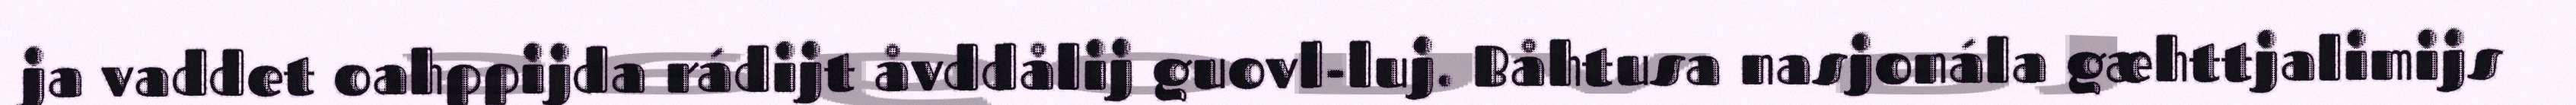
ja vaddet oahppijda rádijt åvddålij guovl-luj. Båhtusa nasjonála gæhttjalimijs